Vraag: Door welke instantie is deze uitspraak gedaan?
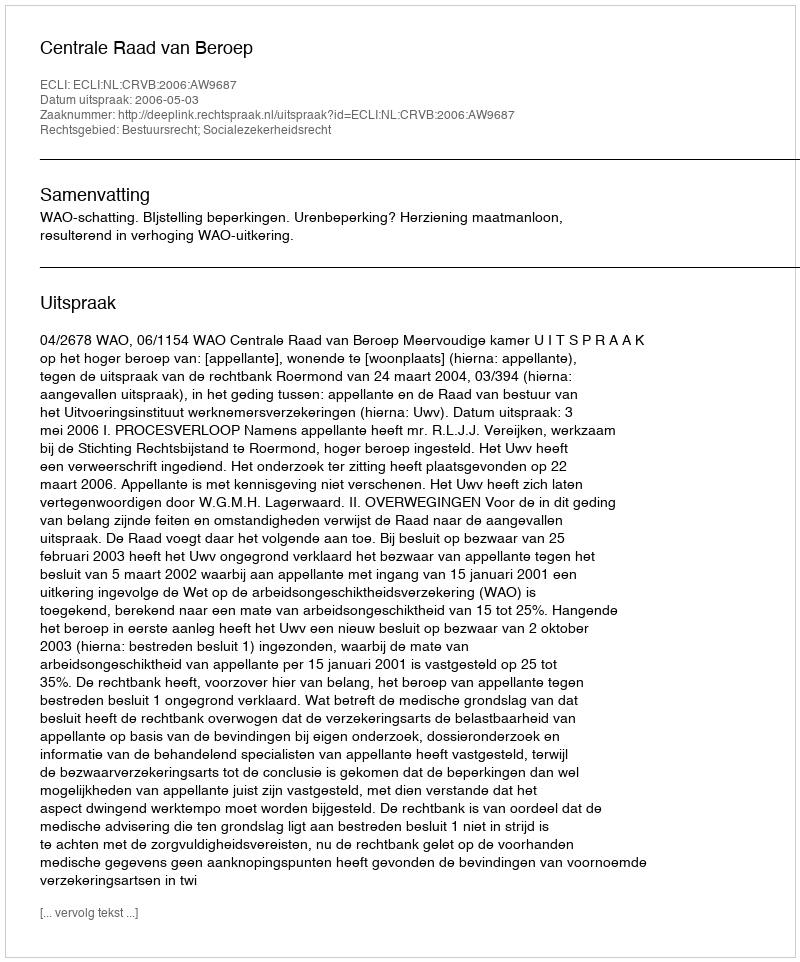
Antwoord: Centrale Raad van Beroep